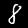
Label: 8